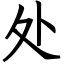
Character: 处